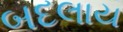
બદલાય